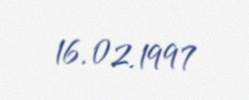
16.02.1997